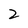
Character: 2